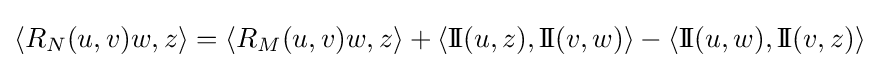
\langle R_{N}(u,v)w,z\rangle =\langle R_{M}(u,v)w,z\rangle +\langle \mathrm {I} \!\mathrm {I} (u,z),\mathrm {I} \!\mathrm {I} (v,w)\rangle -\langle \mathrm {I} \!\mathrm {I} (u,w),\mathrm {I} \!\mathrm {I} (v,z)\rangle